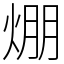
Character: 焩